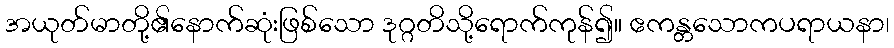
အယုတ်မာတို့၏နောက်ဆုံးဖြစ်သော ဒုဂ္ဂတိသို့ရောက်ကုန်၍။ ဧကန္တသောကပရာယနာ၊